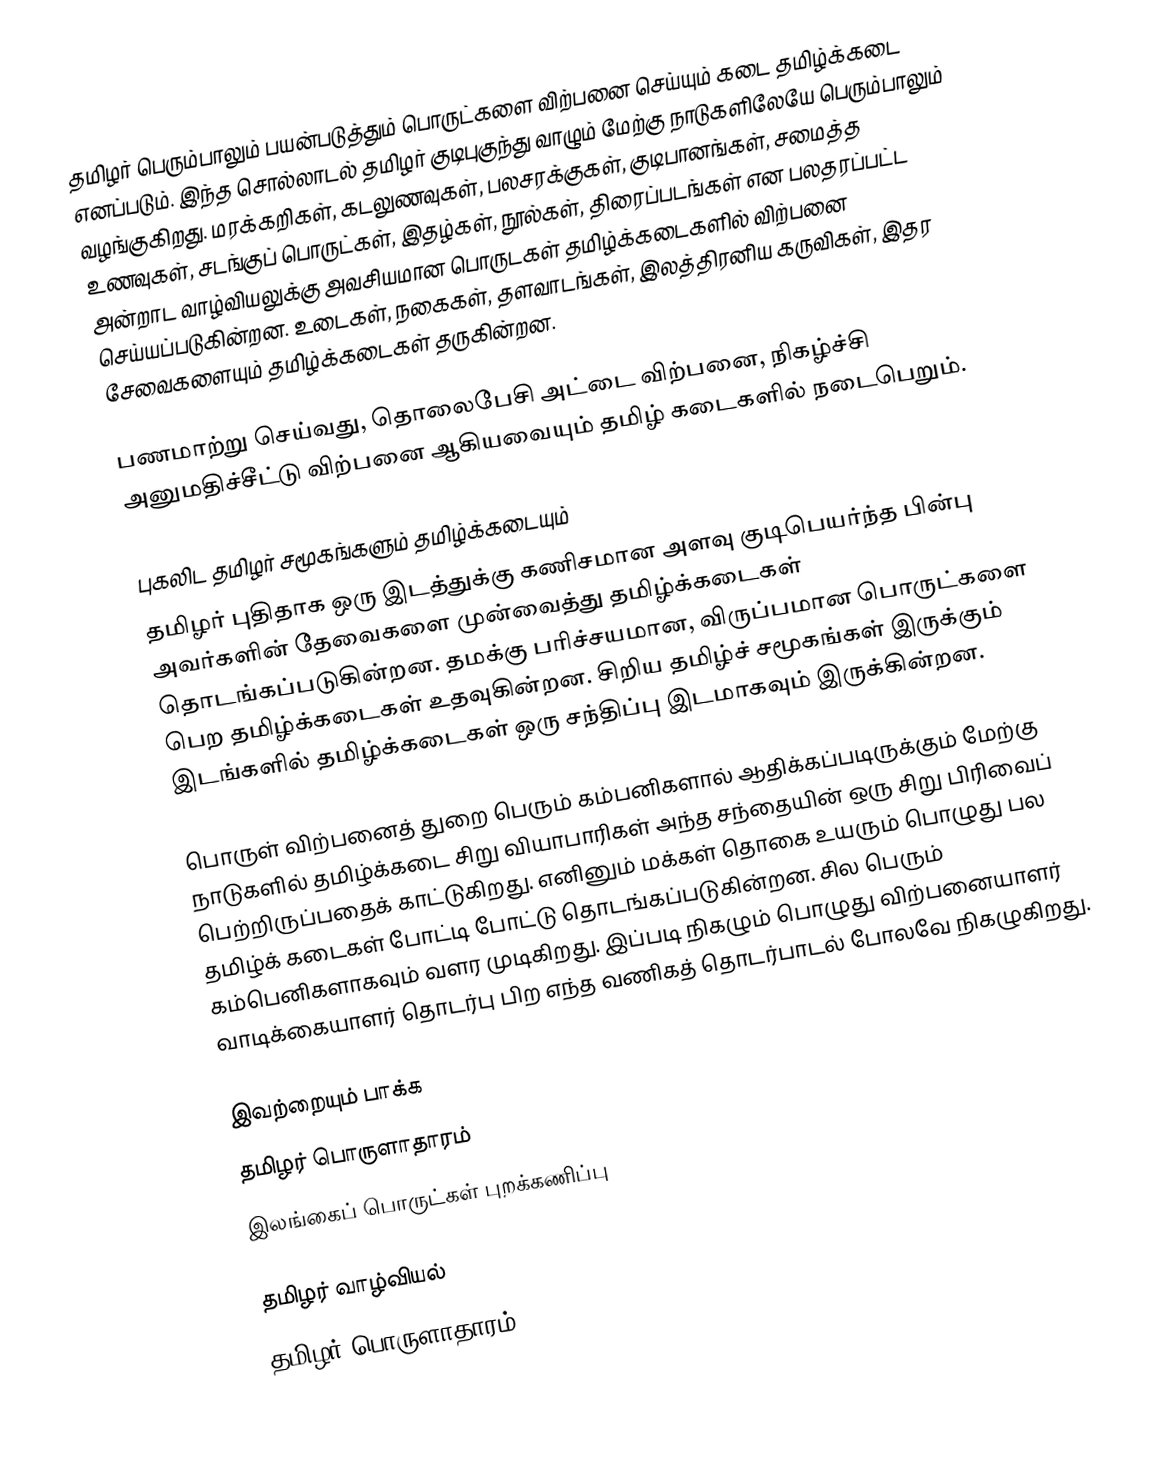
தமிழர் பெரும்பாலும் பயன்படுத்தும் பொருட்களை விற்பனை செய்யும் கடை தமிழ்க்கடை எனப்படும்.  இந்த சொல்லாடல் தமிழர் குடிபுகுந்து வாழும் மேற்கு நாடுகளிலேயே பெரும்பாலும் வழங்குகிறது.  மரக்கறிகள், கடலுணவுகள், பலசரக்குகள், குடிபானங்கள், சமைத்த உணவுகள், சடங்குப் பொருட்கள், இதழ்கள், நூல்கள், திரைப்படங்கள் என பலதரப்பட்ட அன்றாட வாழ்வியலுக்கு அவசியமான பொருடகள் தமிழ்க்கடைகளில் விற்பனை செய்யப்படுகின்றன.  உடைகள், நகைகள், தளவாடங்கள், இலத்திரனிய கருவிகள், இதர சேவைகளையும் தமிழ்க்கடைகள் தருகின்றன.

பணமாற்று செய்வது, தொலைபேசி அட்டை விற்பனை, நிகழ்ச்சி அனுமதிச்சீட்டு விற்பனை ஆகியவையும் தமிழ் கடைகளில் நடைபெறும்.

புகலிட தமிழர் சமூகங்களும் தமிழ்க்கடையும்
தமிழர் புதிதாக ஒரு இடத்துக்கு கணிசமான அளவு குடிபெயர்ந்த பின்பு அவர்களின் தேவைகளை முன்வைத்து தமிழ்க்கடைகள் தொடங்கப்படுகின்றன. தமக்கு பரிச்சயமான, விருப்பமான பொருட்களை பெற தமிழ்க்கடைகள் உதவுகின்றன.  சிறிய தமிழ்ச் சமூகங்கள் இருக்கும் இடங்களில் தமிழ்க்கடைகள் ஒரு சந்திப்பு இடமாகவும் இருக்கின்றன.

பொருள் விற்பனைத் துறை பெரும் கம்பனிகளால் ஆதிக்கப்படிருக்கும் மேற்கு நாடுகளில் தமிழ்க்கடை சிறு வியாபாரிகள் அந்த சந்தையின் ஒரு சிறு பிரிவைப் பெற்றிருப்பதைக் காட்டுகிறது.  எனினும் மக்கள் தொகை உயரும் பொழுது பல தமிழ்க் கடைகள் போட்டி போட்டு தொடங்கப்படுகின்றன.  சில பெரும் கம்பெனிகளாகவும் வளர முடிகிறது.  இப்படி நிகழும் பொழுது விற்பனையாளர் வாடிக்கையாளர் தொடர்பு பிற எந்த வணிகத் தொடர்பாடல் போலவே நிகழுகிறது.

இவற்றையும் பாக்க
 தமிழர் பொருளாதாரம்
 இலங்கைப் பொருட்கள் புறக்கணிப்பு

தமிழர் வாழ்வியல்
தமிழர் பொருளாதாரம்